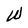
Character: W